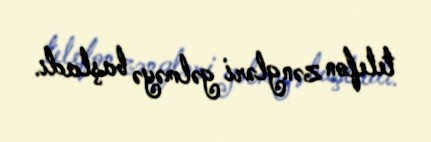
telefon zəngləri gəlməyə başladı.